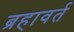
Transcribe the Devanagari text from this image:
ब्रहावर्त